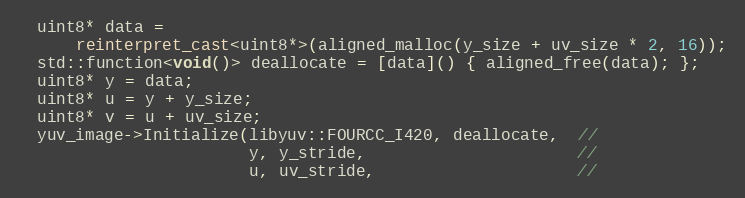
Language: C++
  uint8* data =
      reinterpret_cast<uint8*>(aligned_malloc(y_size + uv_size * 2, 16));
  std::function<void()> deallocate = [data]() { aligned_free(data); };
  uint8* y = data;
  uint8* u = y + y_size;
  uint8* v = u + uv_size;
  yuv_image->Initialize(libyuv::FOURCC_I420, deallocate,  //
                        y, y_stride,                      //
                        u, uv_stride,                     //